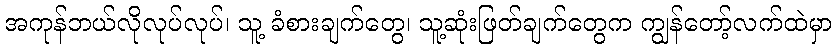
အကုန်ဘယ်လိုလုပ်လုပ်၊ သူ့ ခံစားချက်တွေ၊ သူ့ဆုံးဖြတ်ချက်တွေက ကျွန်တော့်လက်ထဲမှာ